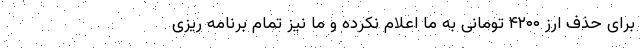
برای حذف ارز ۴۲۰۰ تومانی به ما اعلام نکرده و ما نیز تمام برنامه ریزی